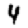
Digit: 4